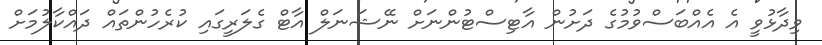
ވިދާޅުވީ އެ އެއްބަސްވުމުގެ ދަށުން އާޓިސްޓުންނަށް ނޭޝަނަލް އާޓް ގެލަރީގައި ކުރެހުންތައް ދައްކާލުމަށް